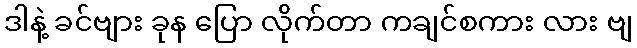
ဒါနဲ့ ခင်ဗျား ခုန ပြော လိုက်တာ ကချင်စကား လား ဗျ